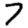
Digit: 7